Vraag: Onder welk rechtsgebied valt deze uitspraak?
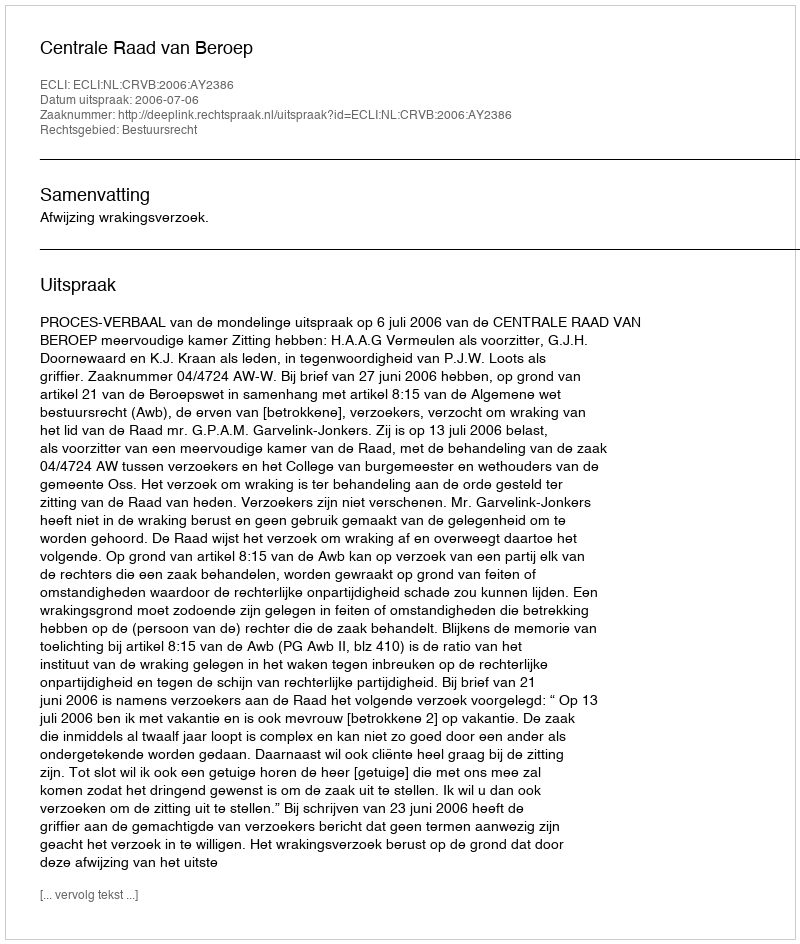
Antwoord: Bestuursrecht